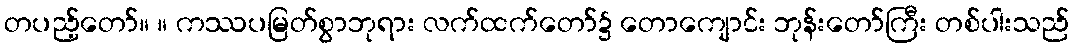
တပည့်တော်။ ။ ကဿပမြတ်စွာဘုရား လက်ထက်တော်၌ တောကျောင်း ဘုန်းတော်ကြီး တစ်ပါးသည်